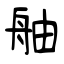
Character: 舳